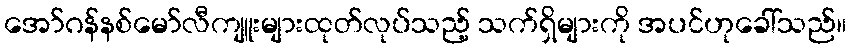
အော်ဂန်နစ်မော်လီကျူးများထုတ်လုပ်သည့် သက်ရှိများကို အပင်ဟုခေါ်သည်။